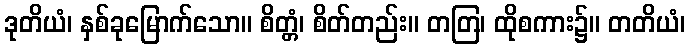
ဒုတိယံ၊ နှစ်ခုမြောက်သော။ စိတ္တံ၊ စိတ်တည်း။ တတြ၊ ထိုစကား၌။ တတိယံ၊